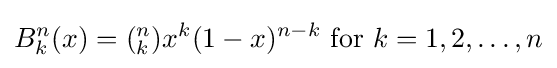
B_{k}^{n}(x)=(_{k}^{n})x^{k}(1-x)^{n-k}{\text{ for }}k=1,2,\ldots ,n